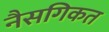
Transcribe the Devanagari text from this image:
नैसगिकत